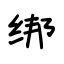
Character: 绑